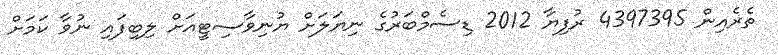
ތެރެއިން 4397395 ރުފިޔާ 2012 ޑިސެމްބަރުގެ ނިޔަލަށް ޔުނިވާސިޓީއަށް ލިބިފައި ނުވާ ކަމަށް